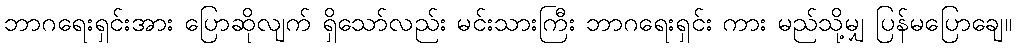
ဘာဂရေးရှင်းအား ပြောဆိုလျက် ရှိသော်လည်း မင်းသားကြီး ဘာဂရေးရှင်း ကား မည်သို့မျှ ပြန်မပြောချေ။